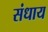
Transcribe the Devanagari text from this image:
संधाय